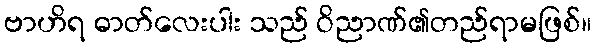
ဗာဟိရ ဓာတ်လေးပါး သည် ဝိညာဏ်၏တည်ရာမဖြစ်။